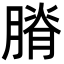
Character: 膌